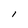
Character: l